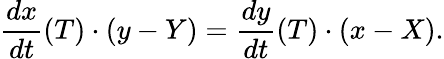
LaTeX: {\frac{dx}{dt}}(T)\cdot(y-Y)={\frac{dy}{dt}}(T)\cdot(x-X).